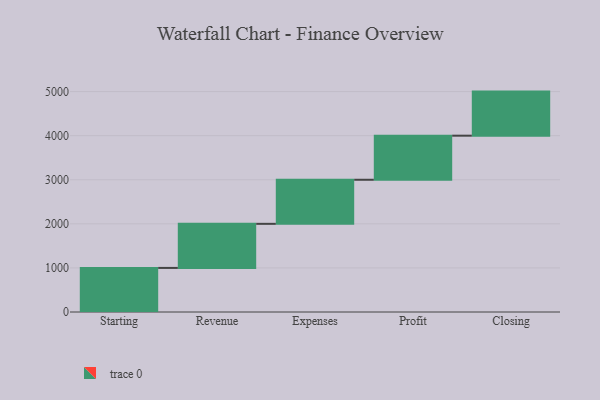
{"axis": {"x": "Step", "y": "Value"}, "legend": [""], "data": [{"x": "Starting", "y": 1000, "type": ""}, {"x": "Revenue", "y": 1000, "type": ""}, {"x": "Expenses", "y": 1000, "type": ""}, {"x": "Profit", "y": 1000, "type": ""}, {"x": "Closing", "y": 1000, "type": ""}]}